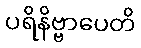
ပရိနိဗ္ဗာပေတိ